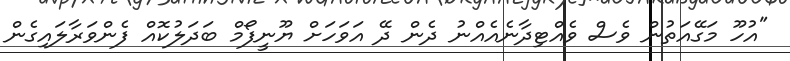
"އުހޫ މަގޭއަތުން ވެސް ވެއްޓިދާނެއެއްނު ދެން ދޭ އަވަހަށް ޔޫނީފޯމް ބަދަލުކޮއް ފެންވަރާލައިގެން